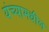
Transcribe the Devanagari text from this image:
यंच्यामधील